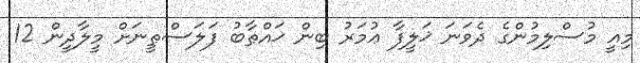
މިއީ މުސްލިމުންގެ ދެވަނަ ޚަލީފާ ޢުމަރު ބިން ޚައްޠާބު ފަލަސްޠީނަށް މީލާދީން 12